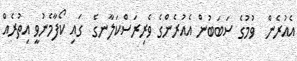
އެއުރެން  ވުމުގެ ސަބަބުން އެއުރެންގެ ވެރިރަސްކަލާނގެ  ގައި ކޯފާމެނުވީ އިތުރެއް